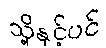
သို့နှင့်ပင်